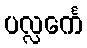
ပလ္လင်္ကေ